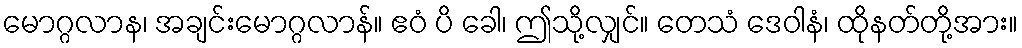
မောဂ္ဂလာန၊ အချင်းမောဂ္ဂလာန်။ ဧဝံ ပိ ခေါ၊ ဤသို့လျှင်။ တေသံ ဒေဝါနံ၊ ထိုနတ်တို့အား။